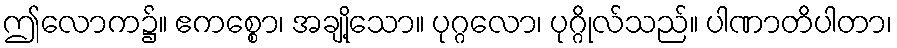
ဤလောက၌။ ဧကစ္စော၊ အချို့သော။ ပုဂ္ဂလော၊ ပုဂ္ဂိုလ်သည်။ ပါဏာတိပါတာ၊